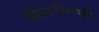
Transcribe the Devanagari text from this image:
वोलारीसची